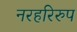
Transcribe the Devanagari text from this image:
नरहरिरुप